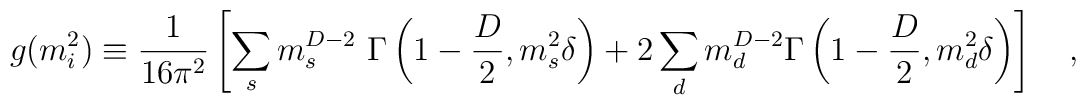
g(m^2_i)\equiv{1 \over 16\pi^2}\left[\sum_s m_s^{D-2}{}~\Gamma\left(1-\frac D2,m_s^2\delta\right)+2\sum_d m_d^{D-2}\Gamma\left(1-\frac D2,m_d^2\delta\right)\right]~~~,